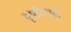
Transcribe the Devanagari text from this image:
दृष्टीगत